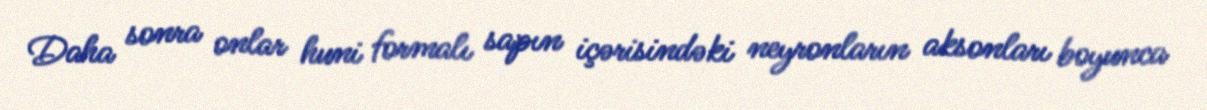
Daha sonra onlar huni formalı sapın içərisindəki neyronların aksonları boyunca